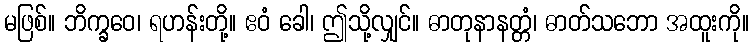
မဖြစ်။ ဘိက္ခဝေ၊ ရဟန်းတို့။ ဧဝံ ခေါ၊ ဤသို့လျှင်။ ဓာတုနာနတ္တံ၊ ဓာတ်သဘော အထူးကို။